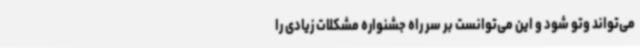
می‌تواند وتو شود و این می‌توانست بر سر راه جشنواره مشکلات زیادی را